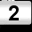
Digit: 2